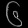
Digit: ၆